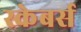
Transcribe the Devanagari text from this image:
स्केबर्स